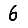
Digit: 6